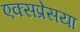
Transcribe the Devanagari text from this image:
एक्सप्रेसया